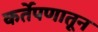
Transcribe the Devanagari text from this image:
कर्तेपणातून